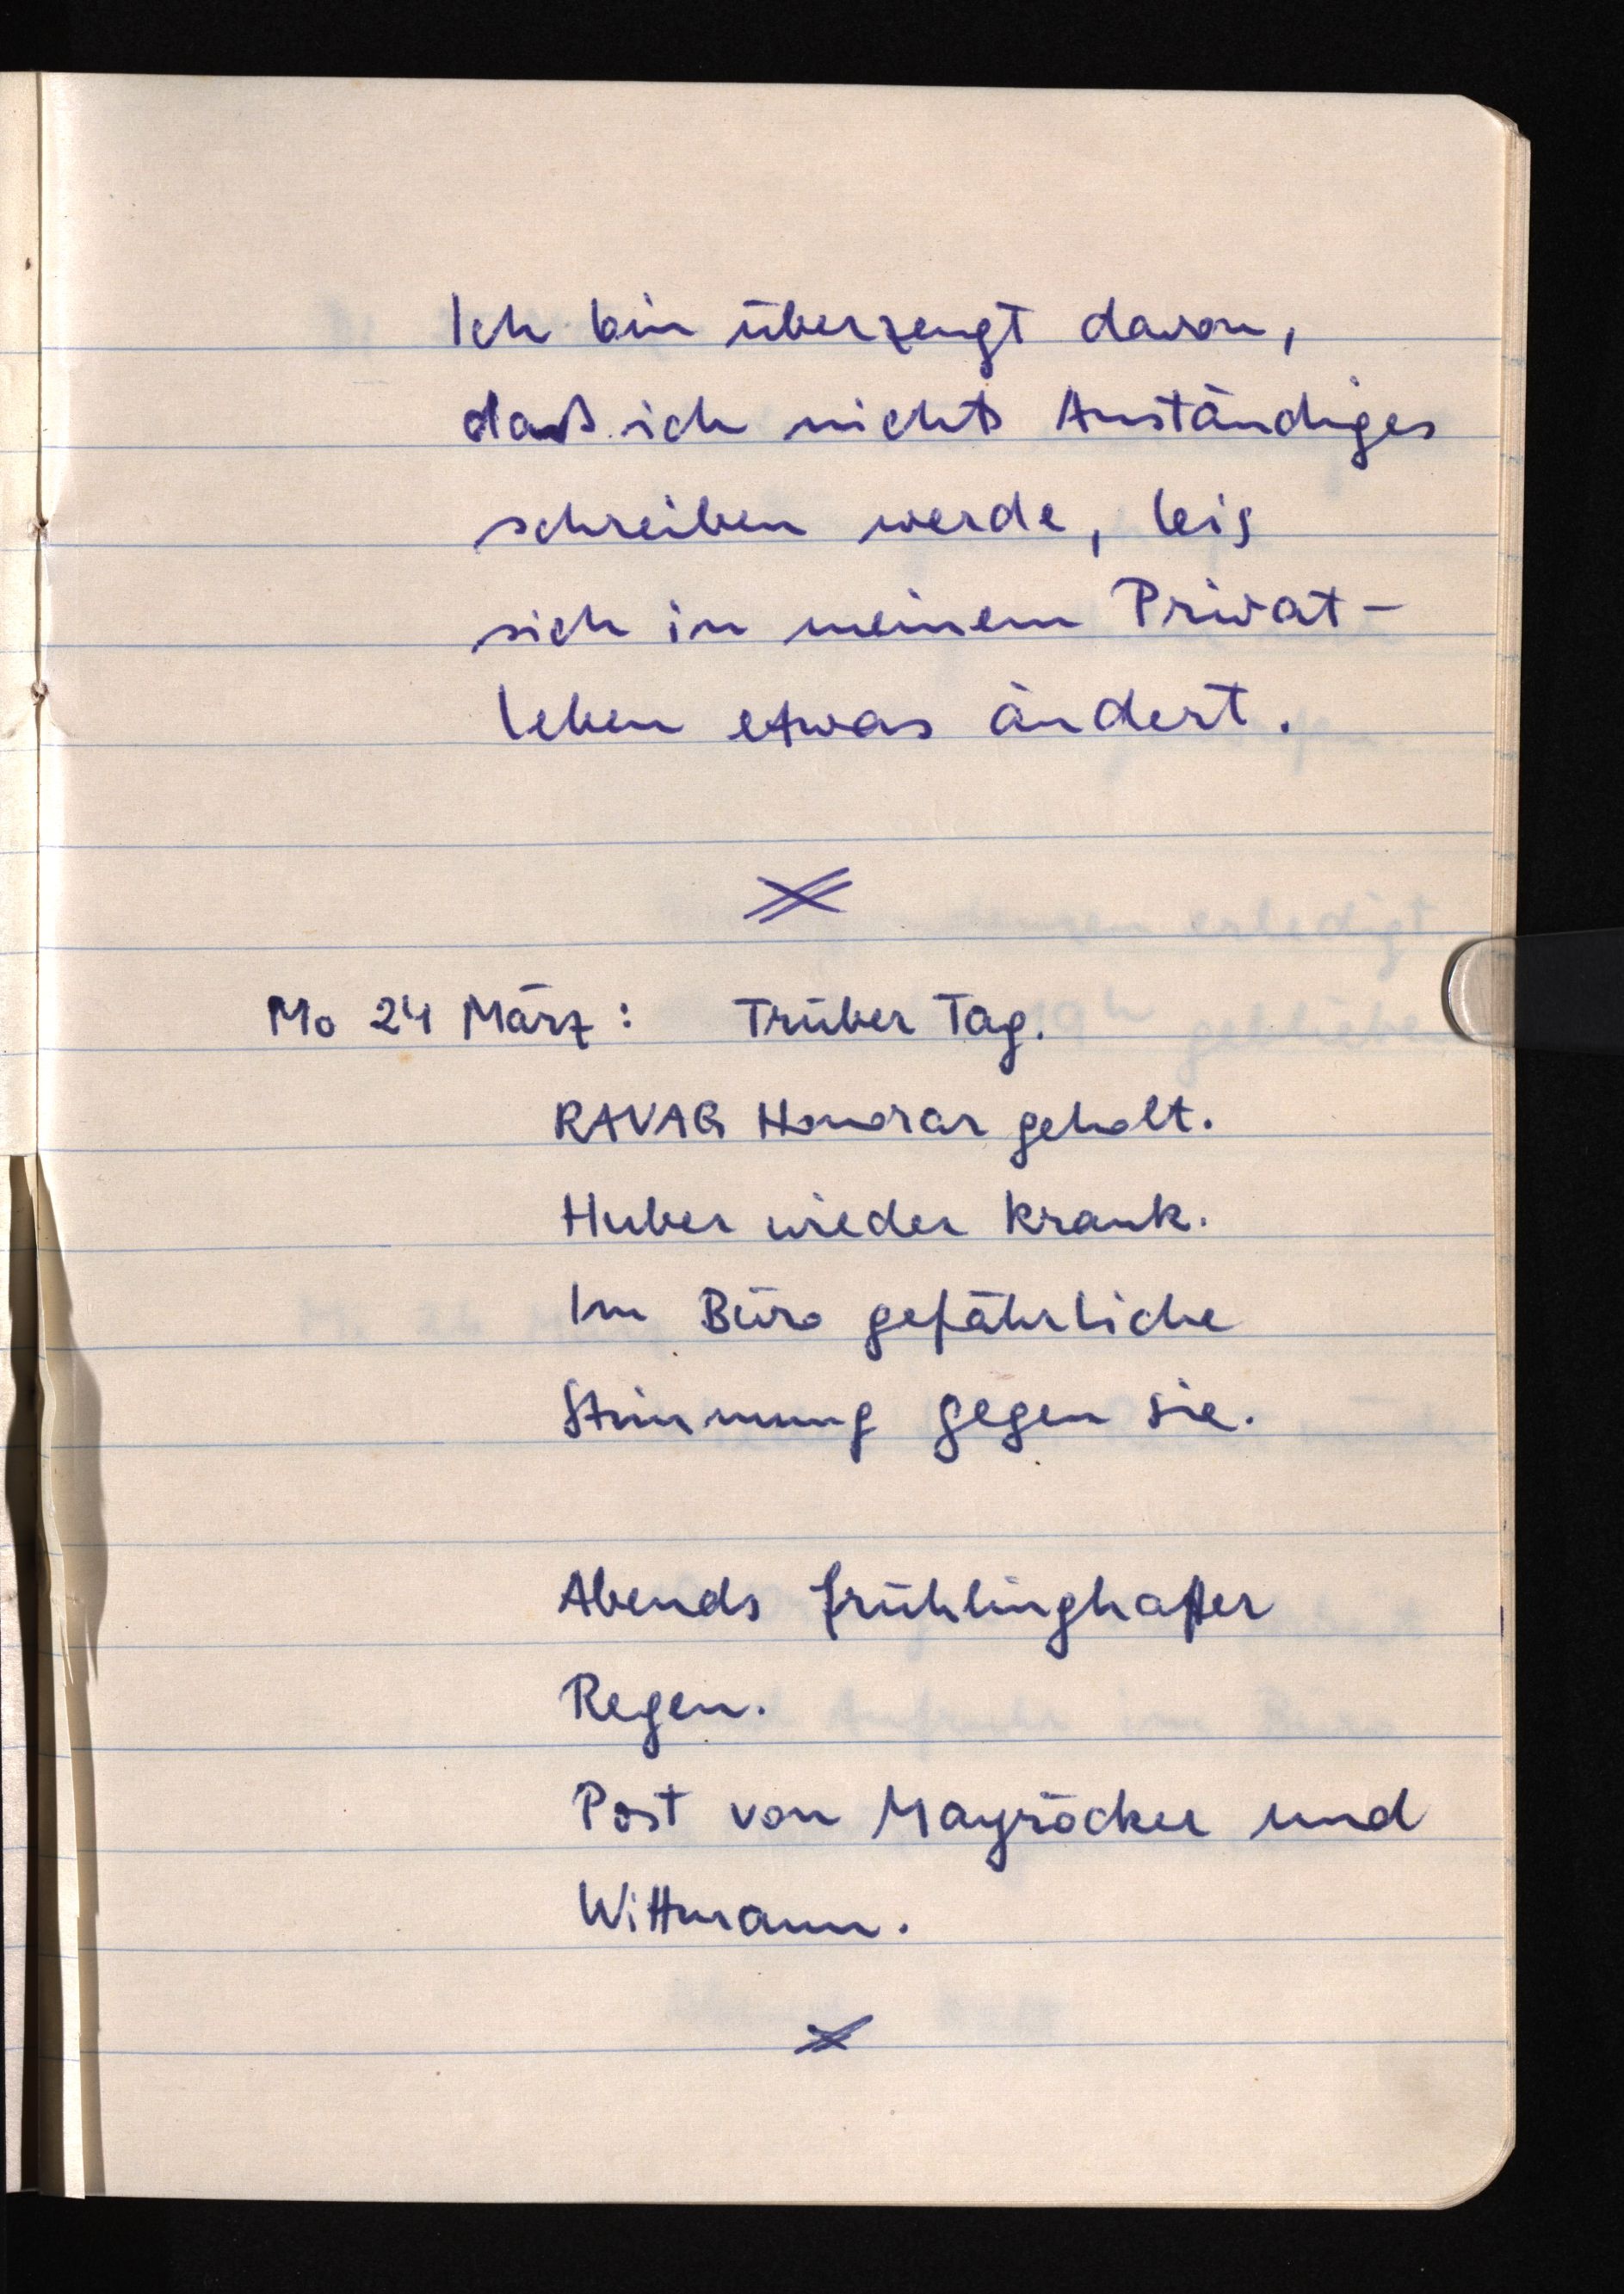
Ich bin überzeugt davon,
daß ich nichts Anständiges
schreiben werde, bis
sich in meinem Privat¬
leben etwas ändert.
Mo 24 März: Trüber Tag.
RAVAG Honorar geholt.
Huber wieder krank.
Im Büro gefährliche
Stimmung gegen sie.
Abends frühlinghafter
Regen.
Post von Mayröcker und
Wittmann.